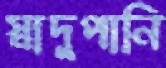
স্বাদুপানি